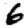
Digit: 6